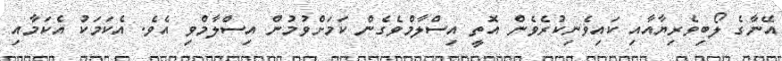
އޭނާގެ ލޯބިވެރިޔާއާއި ކައިވެނިކުރެވެން އޮތީ އިސްލާމްވެގެން ކަމަށްވުމުން އިސްލާމްވި އެވެ. އެކަމަކު އެކަމާއި